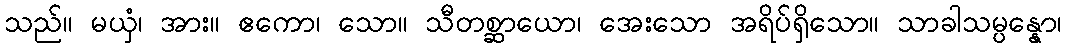
သည်။ မယှံ၊ အား။ ဧကော၊ သော။ သီတစ္ဆာယော၊ အေးသော အရိပ်ရှိသော။ သာခါသမ္ပန္နော၊